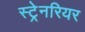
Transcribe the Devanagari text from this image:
स्ट्रेनरियर